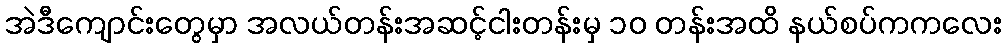
အဲဒီကျောင်းတွေမှာ အလယ်တန်းအဆင့်ငါးတန်းမှ ၁ဝ တန်းအထိ နယ်စပ်ကကလေး